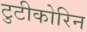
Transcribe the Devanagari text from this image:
टुटीकोरिन